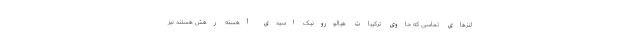
لنزهای تماسی که حاوی ترکیبات هیالورونیک اسیدی آهسته رهش هستند نیز